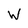
Character: W